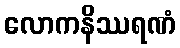
လောကနိဿရဏံ